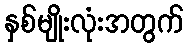
နှစ်မျိုးလုံးအတွက်